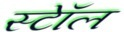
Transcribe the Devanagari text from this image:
स्टॉेल